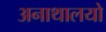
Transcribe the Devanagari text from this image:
अनाथालयो